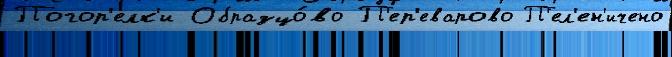
Погор'елк'и Образцо́во П'ер'еварово П'ел'ен'ичено